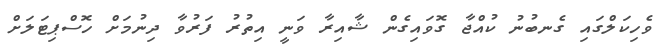
ވެހިކަލްގައި ގެނބުނު ކުއްޖާ ގޮވައިގެން ޝާއިރާ ވަނީ އިތުރު ފަރުވާ ދިނުމަށް ހޮސްޕިޓަލަށް